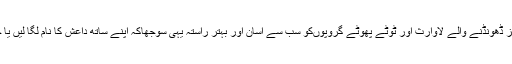
اس صورت حال میں فرنچائز ڈھونڈنے والے لاوارث اور ٹوٹے پھوٹے گروپوںکو سب سے آسان اور بہتر راستہ یہی سوجھاکہ اپنے ساتھ داعش کا نام لگا لیں یا خود کو داعش قرار دے دیں۔